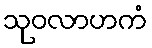
သုဝလာဟကံ